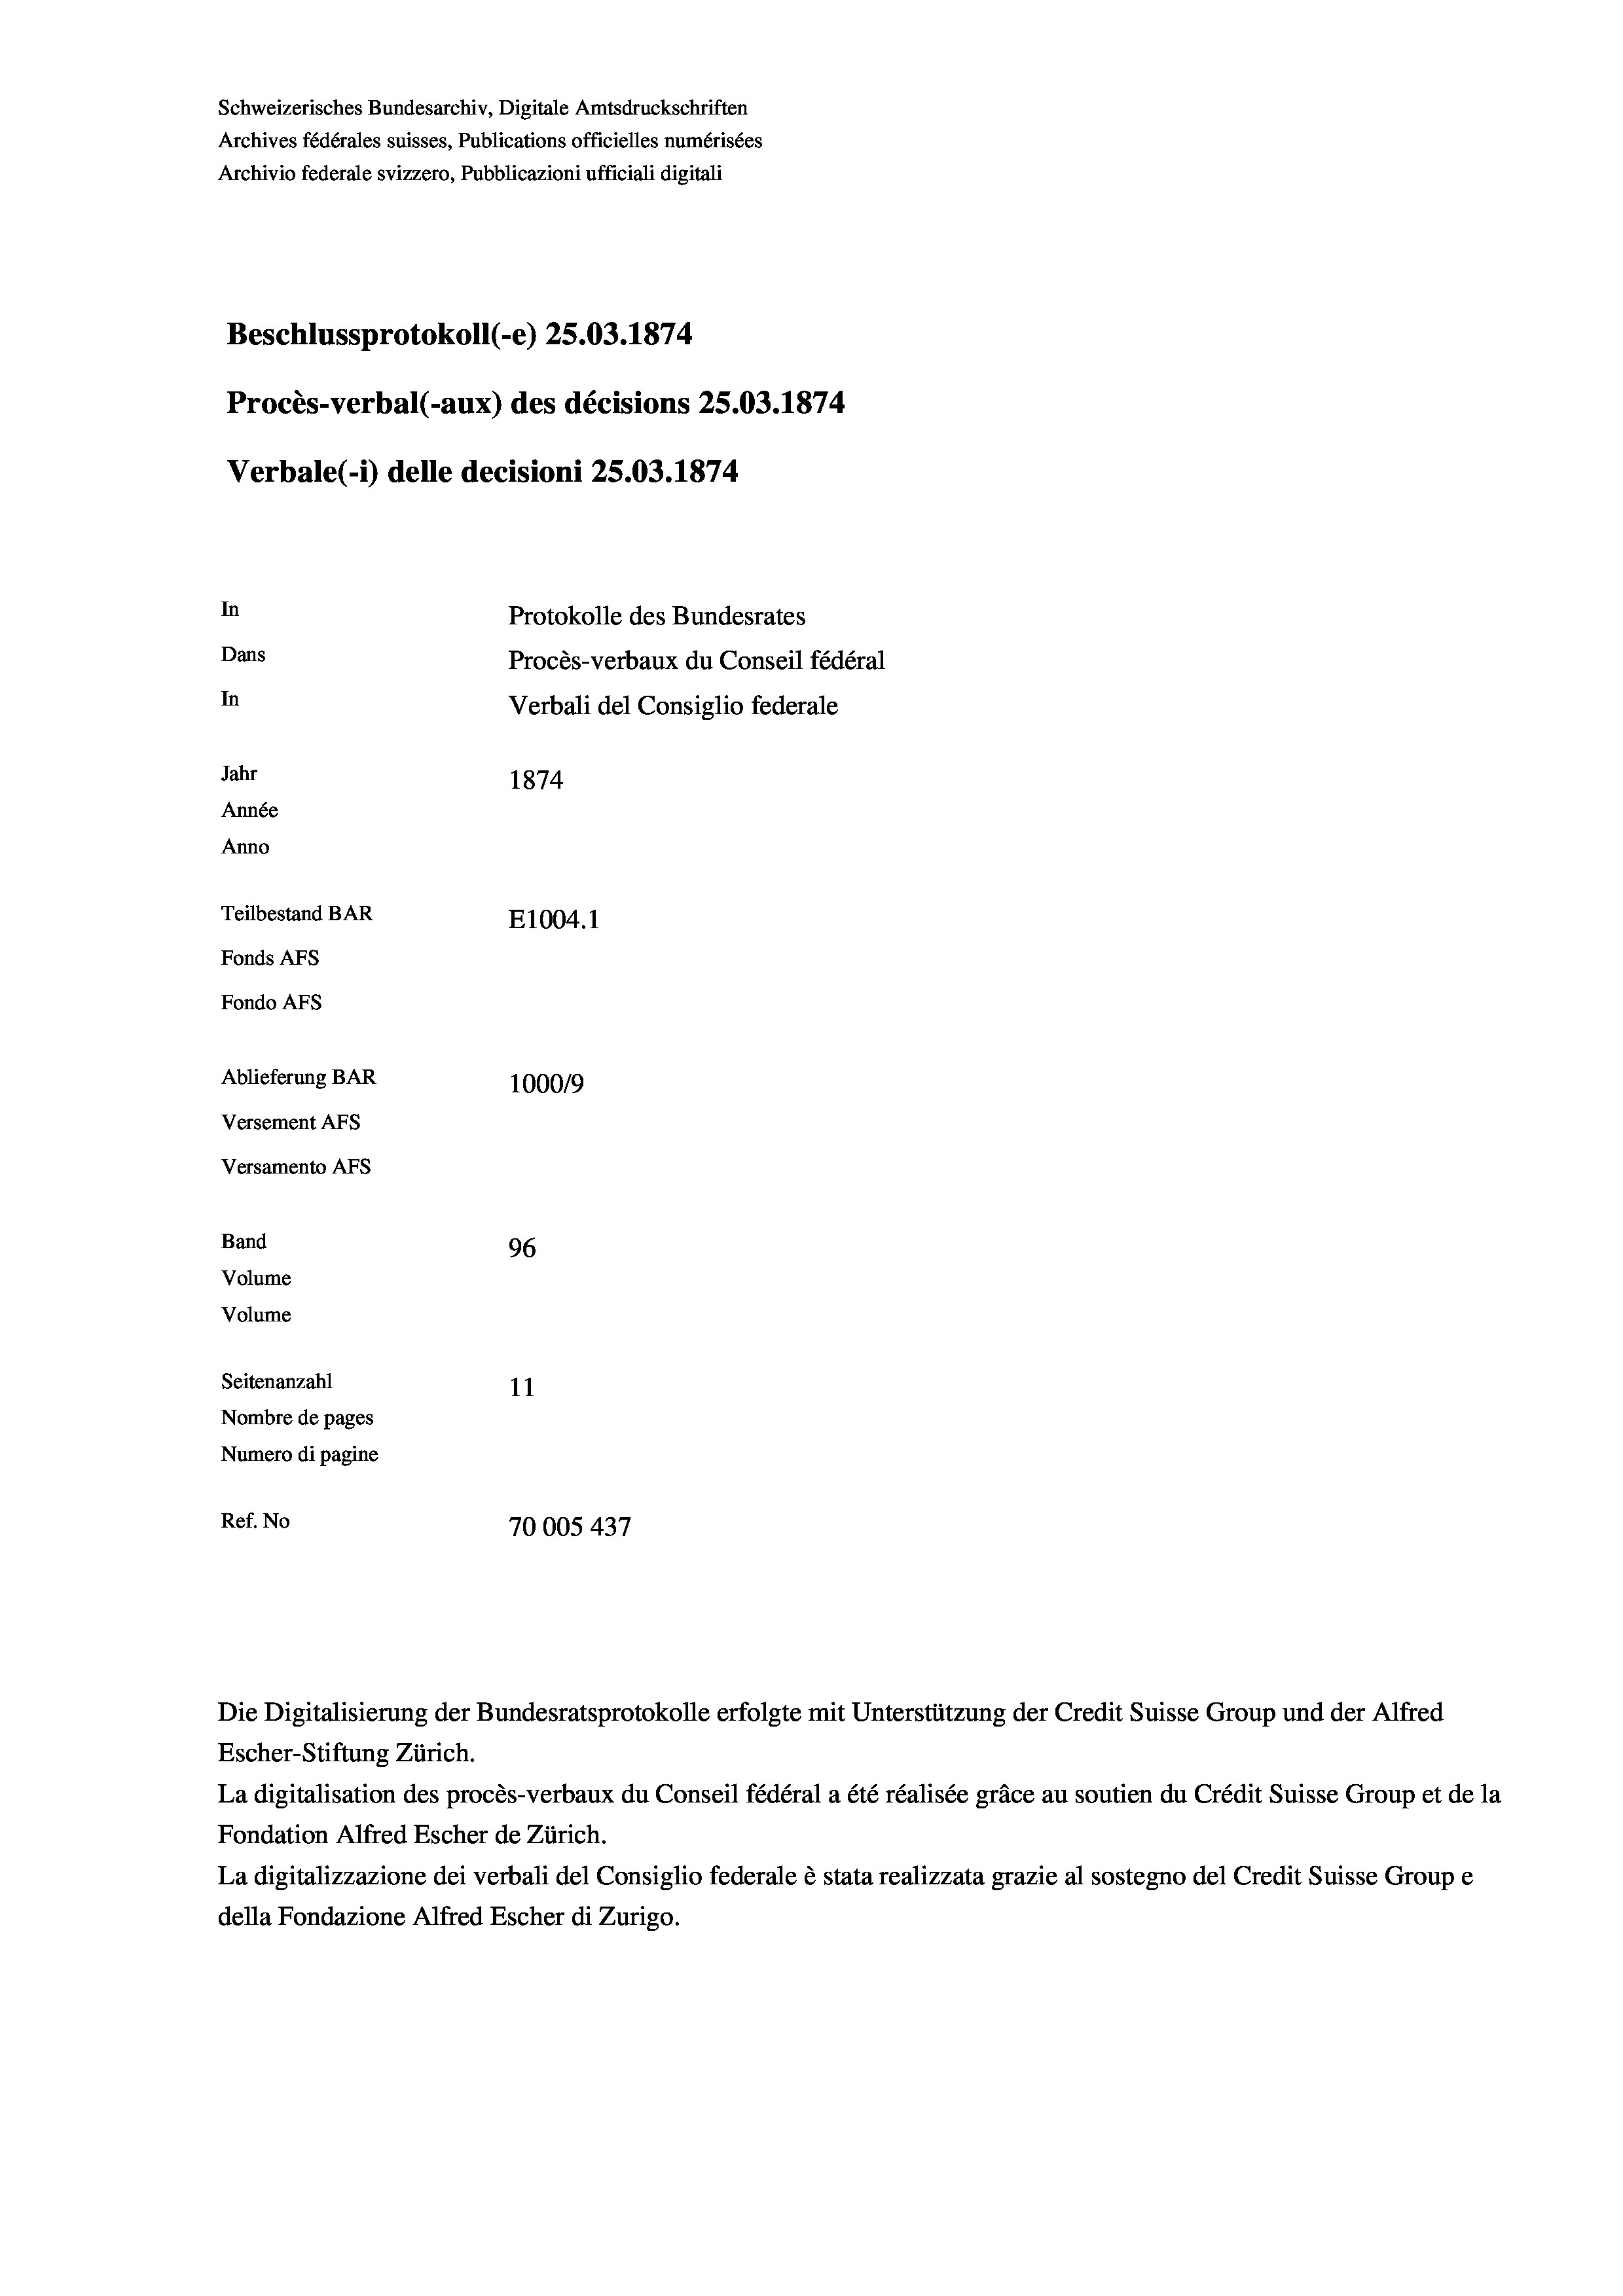
Schweizerisches Bundesarchiv, Digitale Amtsdruckschriften
Archives fédérales suisses, Publications officielles numérisées
Archivio federale svizzero, Pubblicazioni ufficiali digitali
Beschlussprotokoll (-e) 25.03. 1874.
Procès-verbal (-aux) des décisions 25.03.1874
Verbale(-*) delle decisioni 25.03. 1874
In
Protokolle des Bundesrates
Dans
Procès-verbaux du Conseil fédéral
In
Verbali del Consiglio federale
Jahr
1874
Année
Anno
Teilbestand BAR
E1004. 1
Fonds Afs
Fondo AFs
Ablieferung BAR
100019
Versement Abs
Versamento Afs
Band
96
Volume
Volume

Seitenanzahl
11
Nombre de pages
Numero di pagine
Ref. No
70005 437

.

Die Digitalisierung der Bundesratsprotokolle erfolgte mit Unterstützung der Credit Suisse Group und der Alfred
Escher-Stiftung Zürich.

La digitalisation des procès-verbaux du Conseil fédéral a été réalisée gräce au soutien du Crédit Suisse Group et de la
Fondation Alfred Escher de Zürich.
La digitalizzazione dei verbali del Consiglio federale è stata realizzata grazie al sostegno del Credit Suisse Groupe
della Fondazione Alfred Escher di Zurigo.